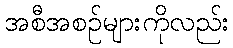
အစီအစဉ်များကိုလည်း